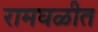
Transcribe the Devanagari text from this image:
रामघळीत